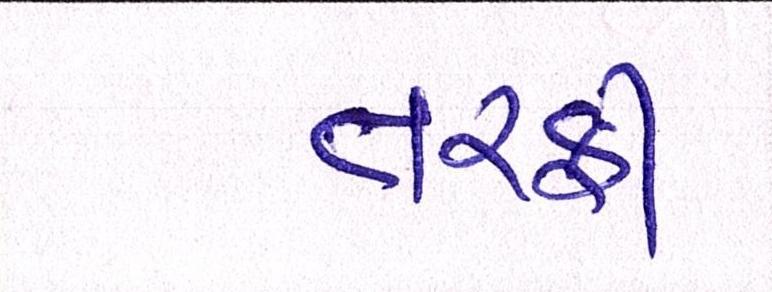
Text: તરફી